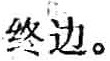
终边。